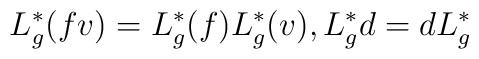
L^\ast_g(fv)=L^\ast_g(f)L^\ast_g(v), L^\ast_g d=dL^\ast_g